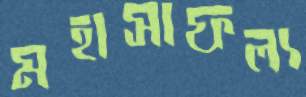
মহাসাফল্য